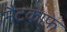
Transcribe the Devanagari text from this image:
मैटकाफ़